Lunatic asylums Punjab 1881-1894 - 1881-1894
Year: 1881
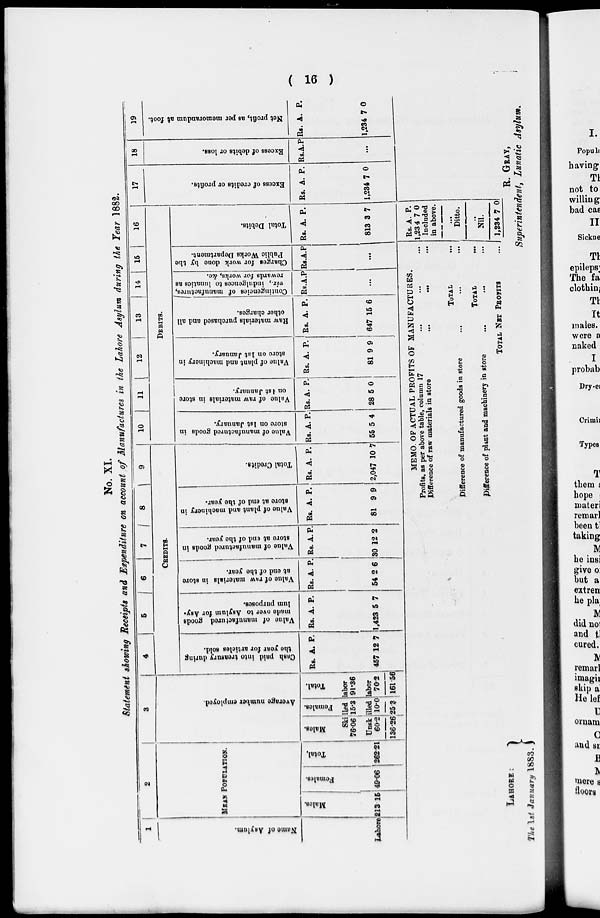
( 16 )
No. XI.
Statement showing Receipts and Expenditure on account of Manufactures in the Lahore Asylum during the Year 1882.
1
Name of Asylum.
Lahore
2
MEAN POPULATION.
Males.
213 .15
Females.
49.06
Total.
262.21
3
Average number employed.
Males.
Females.
Total.
Skilled labor
76.06 15.3 91.36
Unskilled labor
60.2
136.26
10.0
25.3
70.2
161.56
4
5
6
7
8
9
CREDITS.
Cash paid into treasury during
the year for articles sold.
Rs.
452
A.
12
P.
7
Value of manufactured goods
made over to Asylum for Asy-
lum purposes.
Rs.
1,423
A.
5
P.
7
Value of raw materials in store
at end of the year.
Rs.
54
A.
2
P.
6
Value of manufactured goods in
store at end of the your.
Rs.
30
A.
12
P.
2
Value of plant and machinery in
store at end of the year.
Rs.
81
A.
9
P.
9
Total Credits.
Rs.
2,047
A.
10
P.
7
10
11 12 13 14 15 16
DEBITS.
Value of manufactured goods in
store on 1st January.
Rs.
55
A.
5
P.
4
Value of raw materials in store
on 1 st January.
Rs.
28
A.
5
P.
0
1
Value of plant and machinery in
store on 1st January.
Rs.
81
A.
9
P.
9
Raw materials purchased and all
other charges.
Rs.
647
A.
15
P.
6
Contingencies of manufactures,
viz., indulgences to lunatics as
rewards for works, &c.
Rs. A. P.
...
Charges for work done by the
Public Works Department.
Rs. A. P.
...
Total Debits.
Rs.
813
A.
3
P.
7
17
Excess of credits or profits.
Rs.
1,234
A.
7
P.
0
18
Excess of debits or loss.
Rs. A. P.
...
19
Net profit, as per memorandum at foot.
Rs.
1,234
A.
7
P.
0
MEMO. OF ACTUAL PROFITS OF MANUFACTURES.
Profits, as per above table, column 17
... ... ...
Difference of raw materials in store ... ... ...
TOTAL ...
Difference of manufactured goods in store... ... ...
TOTAL ...
Difference of plant and machinery in store... ... ...
TOTAL NET PROFITS...
Rs.
1,234
A.
7
P.
0
Included
in above.
...
Ditto.
...
Nil.
1,234 7 0
LAHORE :
The 1st January 1883.
R. GRAY,
Superintendent, Lunatic Asylum.